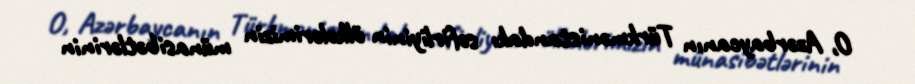
O, Azərbaycanın Türkmənistandakı səfirliyinin ölkələrimizin münasibətlərinin